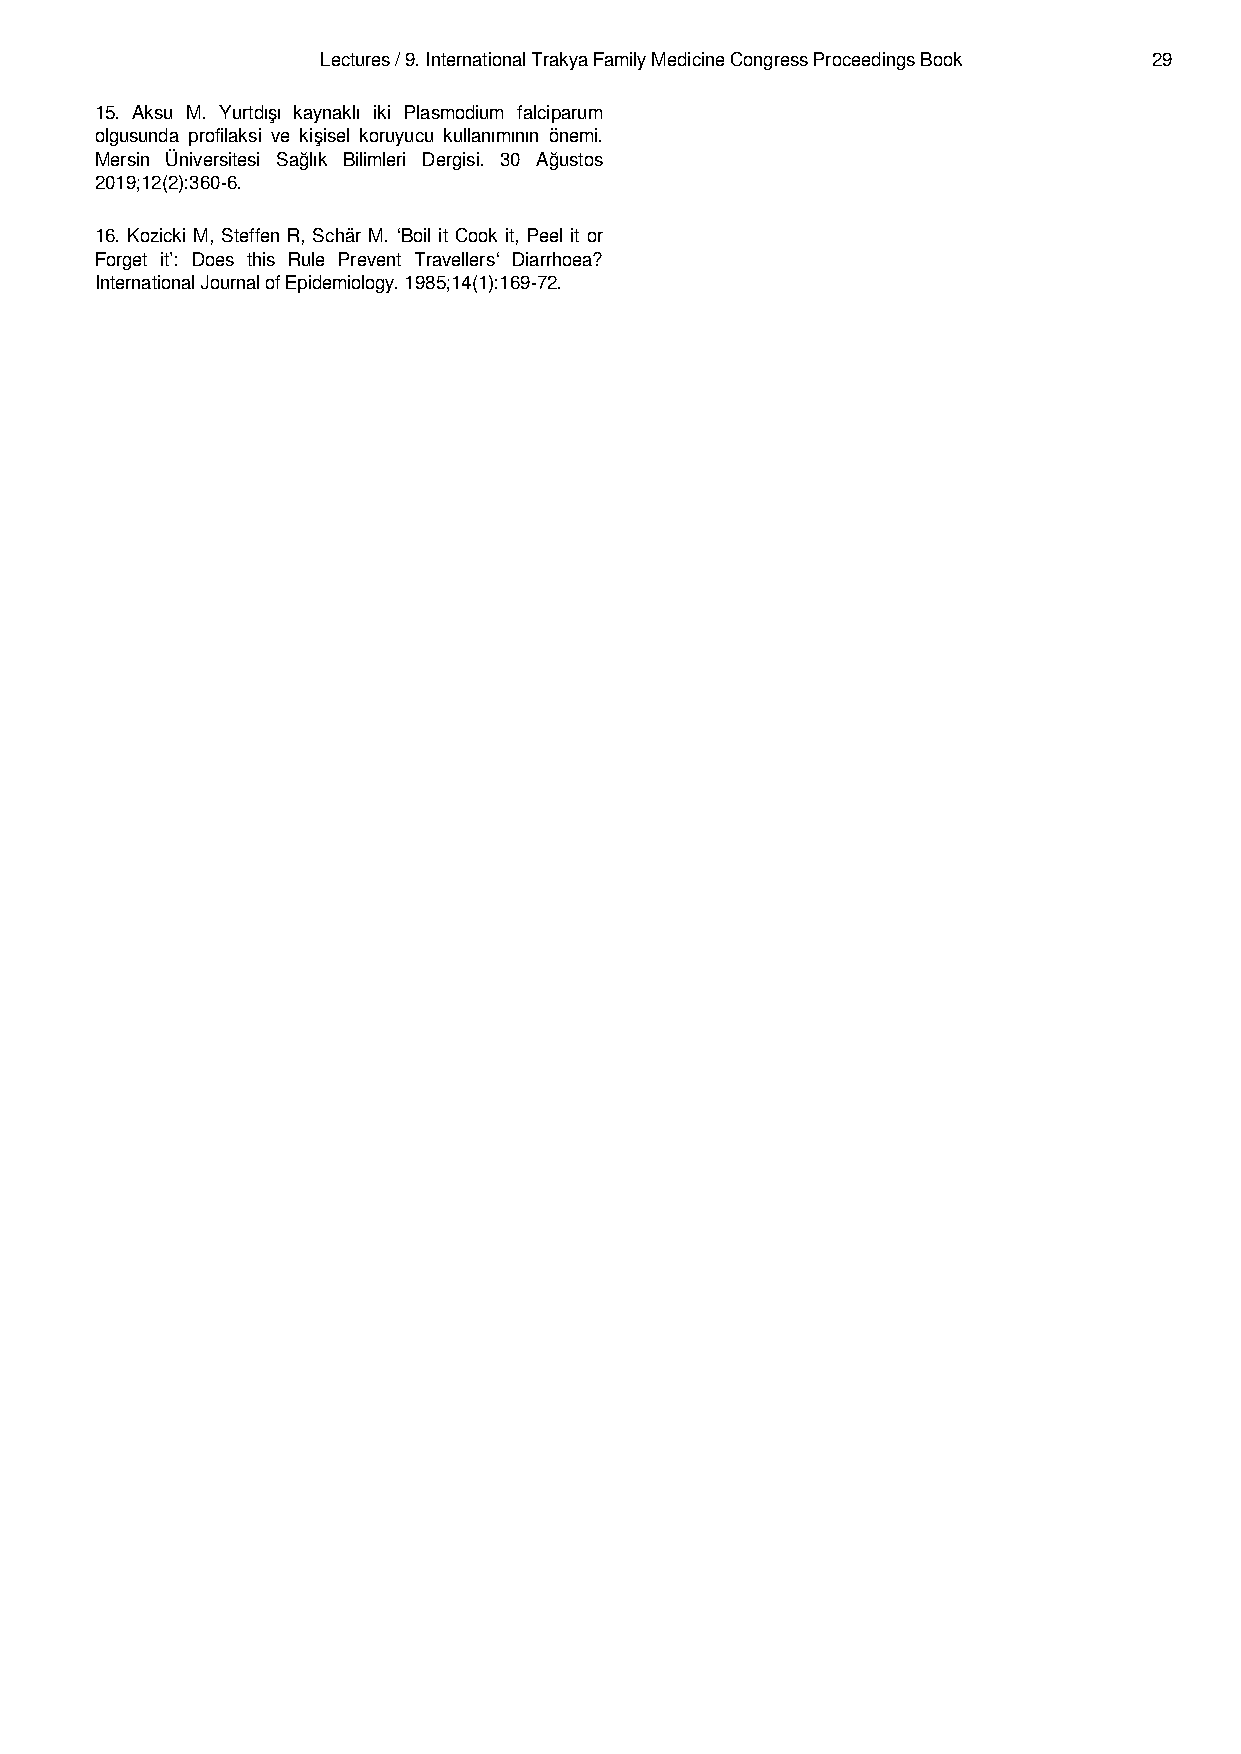
Lectures / 9. International Trakya Family Medicine Congress Proceedings Book 29
 15. Aksu M. Yurtdışı kaynaklı iki Plasmodium falciparum
 olgusunda profilaksi ve kişisel koruyucu kullanımının önemi.
 Mersin Üniversitesi Sağlık Bilimleri Dergisi. 30 Ağustos
 2019;12(2):360-6.
 16. Kozicki M, Steffen R, Schär M. ‘Boil it Cook it, Peel it or
 Forget it’: Does this Rule Prevent Travellers‘ Diarrhoea?
 International Journal of Epidemiology. 1985;14(1):169-72.